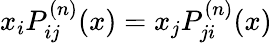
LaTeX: x_{i}P_{ij}^{(n)}(x)=x_{j}P_{ji}^{(n)}(x)